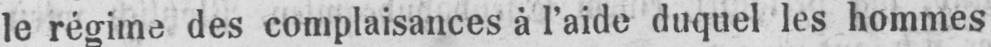
le régime des complaisances à l’aide duquel les hommes